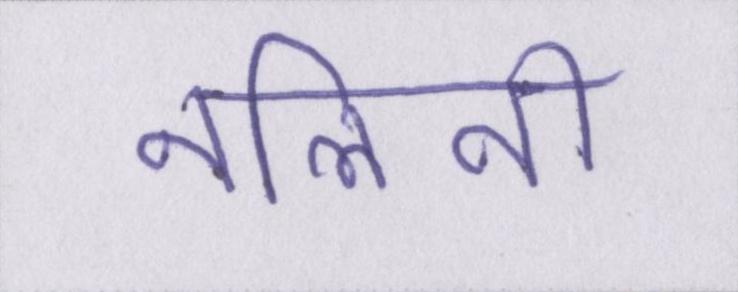
नलिनी